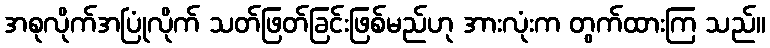
အစုလိုက်အပြုံလိုက် သတ်ဖြတ်ခြင်းဖြစ်မည်ဟု အားလုံးက တွက်ထားကြ သည်။